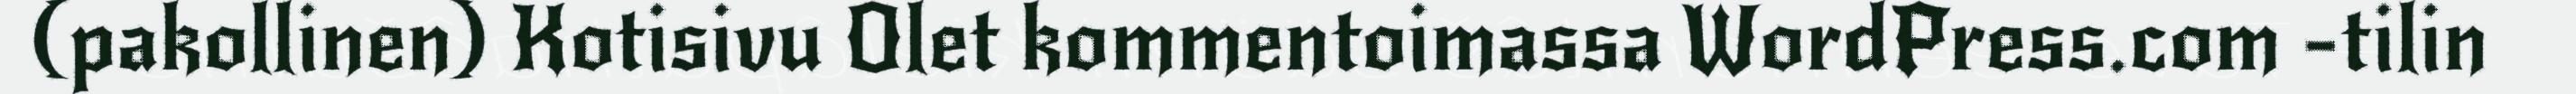
(pakollinen) Kotisivu Olet kommentoimassa WordPress.com -tilin